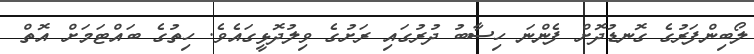
ލޯބިންފަރުގެ ގޮނޑުދޮށް ފެންނަ ހިސާބު ދުރުގައި ރަށުގެ ވިލުދޮޅީގައެވެ. ހިތުގެ ބައްޓަމަށް އޮތް